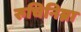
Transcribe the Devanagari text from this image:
रुचिनिम्ना